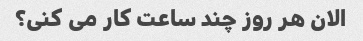
الان هر روز چند ساعت کار می کنی؟